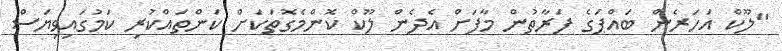
"ލޫކް އަހަރެން ބައްޕަގެ ފަރާތުން މާފަށް އެދެން ލޫކް ކޮންމެގޮތަކަށް ކަންތައްކުރި ކަމުގައިވިޔަސް